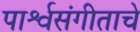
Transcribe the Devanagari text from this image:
पार्श्वसंगीताचे